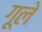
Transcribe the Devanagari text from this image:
गूले